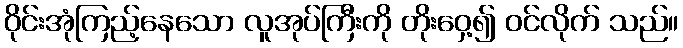
ဝိုင်းအုံကြည့်နေသော လူအုပ်ကြီးကို တိုးဝှေ့၍ ဝင်လိုက် သည်။